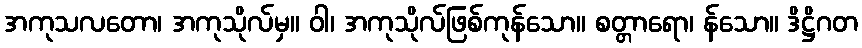
အကုသလတော၊ အကုသိုလ်မှ။ ဝါ၊ အကုသိုလ်ဖြစ်ကုန်သော။ စတ္တာရော၊ န်သော။ ဒိဋ္ဌိဂတ